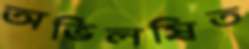
অভিলষিত